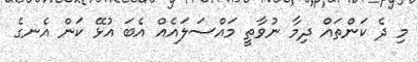
މި ދެ ކަންތައް ދިމާ ނުވާތީ މައްސަލައެއް އެބަ އުޅޭ ކަން އެނގެ